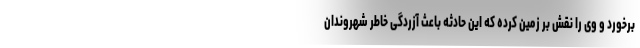
برخورد و وی را نقش بر زمین کرده که این حادثه باعث آزردگی خاطر شهروندان